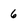
Character: 6